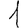
Digit: 1